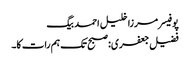
پوفیسر مرزا خلیل احمد بیگ
فضیل جعفری: صبح تک ہم رات کا۔